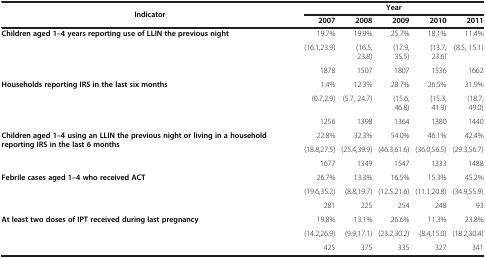
<table><thead><tr><td rowspan="2"><b>Indicator</b></td><td colspan="5"><b>Year</b></td></tr><tr><td><b>2007</b></td><td><b>2008</b></td><td><b>2009</b></td><td><b>2010</b></td><td><b>2011</b></td></tr></thead><tbody><tr><td rowspan="3"><b>Children aged 1–4 years reporting use of LLIN the previous night</b></td><td>19.7%</td><td>19.9%</td><td>25.7%</td><td>18.1%</td><td>11.4%</td></tr><tr><td>(16.1,23.9)</td><td>(16.5, 23.8)</td><td>(17.9, 35.5)</td><td>(13.7, 23.6)</td><td>(8.5, 15.1)</td></tr><tr><td>1878</td><td>1507</td><td>1807</td><td>1536</td><td>1662</td></tr><tr><td rowspan="3"><b>Households reporting IRS in the last six months</b></td><td>1.4%</td><td>12.3%</td><td>28.7%</td><td>26.5%</td><td>31.9%</td></tr><tr><td>(0.7,2.9)</td><td>(5.7, 24.7)</td><td>(15.6, 46.8)</td><td>(15.3, 41.9)</td><td>(18.7, 49.0)</td></tr><tr><td>1256</td><td>1398</td><td>1364</td><td>1380</td><td>1440</td></tr><tr><td rowspan="3"><b>Children aged 1–4 using an LLIN the previous night or living in a household reporting IRS in the last 6 months</b></td><td>22.8%</td><td>32.3%</td><td>54.0%</td><td>46.1%</td><td>42.4%</td></tr><tr><td>(18.8,27.5)</td><td>(25.4,39.9)</td><td>(46.3,61.6)</td><td>(36.0,56.5)</td><td>(29.3,56.7)</td></tr><tr><td>1677</td><td>1349</td><td>1547</td><td>1333</td><td>1488</td></tr><tr><td rowspan="3"><b>Febrile cases aged 1–4 who received ACT</b></td><td>26.7%</td><td>13.3%</td><td>16.5%</td><td>15.3%</td><td>45.2%</td></tr><tr><td>(19.6,35.2)</td><td>(8.8,19.7)</td><td>(12.5,21.6)</td><td>(11.1,20.8)</td><td>(34.9,55.9)</td></tr><tr><td>281</td><td>225</td><td>254</td><td>248</td><td>93</td></tr><tr><td rowspan="3"><b>At least two doses of IPT received during last pregnancy</b></td><td>19.8%</td><td>13.1%</td><td>26.6%</td><td>11.3%</td><td>23.8%</td></tr><tr><td>(14.2,26.9)</td><td>(9.9,17.1)</td><td>(23.2,30.2)</td><td>(8.4,15.0)</td><td>(18.2,30.4)</td></tr><tr><td>425</td><td>375</td><td>335</td><td>327</td><td>341</td></tr></tbody></table>